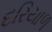
દરિયાળ